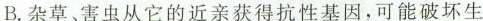
B. 杂草、害虫从它的近亲获得抗性基因，可能破坏生